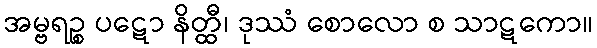
အမ္ဗရဉ္စ ပဋော နိတ္ထီ၊ ဒုဿံ စောလော စ သာဋကော။